Indian journal of veterinary science and animal husbandry - Volume 14,
Year: 1944
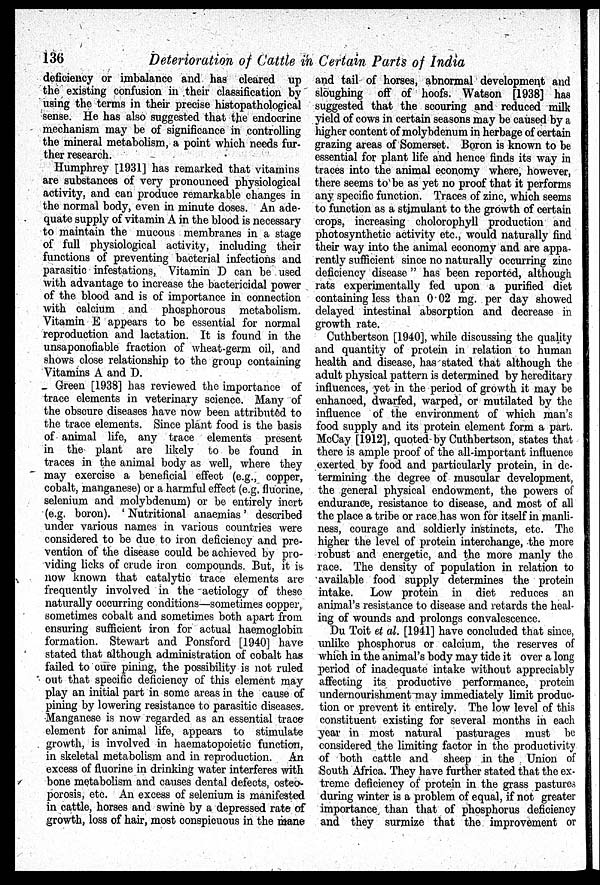
136
Deterioration of Cattle in Certain Parts of India
deficiency or imbalance and has cleared up
the existing confusion in their classification by
using the terms in their precise histopathological
sense. He has also suggested that the endocrine
mechanism may be of significance in controlling
the mineral metabolism, a point which needs fur-
ther research.
Humphrey [1931] has remarked that vitamins
are substances of very pronounced physiological
activity, and can produce remarkable changes in
the normal body, even in minute doses. An ade-
quate supply of vitamin A in the blood is necessary
to maintain the mucous membranes in a stage
of full physiological activity, including their
functions of preventing bacterial infections and
parasitic infestations, Vitamin D can be used
with advantage to increase the bactericidal power
of the blood and is of importance in connection
with calcium and phosphorous metabolism.
Vitamin E appears to be essential for normal
reproduction and lactation. It is found in the
unsaponofiable fraction of wheat-germ oil, and
shows close relationship to the group containing
Vitamins A and D.
Green [1938] has reviewed the importance of
trace elements in veterinary science. Many of
the obscure diseases have now been attributed to
the trace elements. Since plant food is the basis
of animal life, any trace elements present
in the plant are likely to be found in
traces in the animal body as well, where they
may exercise a beneficial effect (e.g., copper,
cobalt, manganese) or a harmful effect (e.g. fluorine,
selenium and molybdenum) or be entirely inert
(e.g. boron). ' Nutritional anaemias ' described
under various names in various countries were
considered to be due to iron deficiency and pre-
vention of the disease could be achieved by pro-
viding licks of crude iron compounds. But, it is-
now known that catalytic trace elements arc
frequently involved in the aetiology of these
naturally occurring conditions—sometimes copper,
sometimes cobalt and sometimes both apart from
ensuring sufficient iron for actual haemoglobin
formation. Stewart and Ponsford [1940] have
stated that although administration of cobalt has
failed to cure pining, the possibility is not ruled
out that specific deficiency of this element may
play an initial part in some areas in the cause of
pining by lowering resistance to parasitic diseases.
Manganese is now regarded as an essential trace
element for animal life, appears to stimulate
growth, is involved in haematopoietic function,
in skeletal metabolism and in reproduction. An
excess of fluorine in drinking water interferes with
bone metabolism and causes dental defects, osteo-
porosis, etc. An excess of selenium is manifested
in cattle, horses and swine by a depressed rate of
growth, loss of hair, most conspicuous in the mane
and tail of horses, abnormal development and
sloughing off of hoofs. Watson [1938] has
suggested that the scouring and reduced milk
yield of cows in certain seasons may be caused by a
higher content of molybdenum in herbage of certain
grazing areas of Somerset. Boron is known to be
essential for plant life and hence finds its way in
traces into the animal economy where, however,
there seems to be as yet no proof that it performs
any specific function. Traces of zinc, which seems
to function as a stimulant to the growth of certain
crops, increasing cholorophyll production and
photosynthetic activity etc., would naturally find
their way into the animal economy and are appa-
rently sufficient since no naturally occurring zinc
deficiency disease " has been reported, although
rats experimentally fed upon a purified diet
containing less than 0.02 mg. per day showed
delayed intestinal absorption and decrease in
growth rate.
Cuthbertson [1940], while discussing the quality
and quantity of protein in relation to human
health and disease, has stated that although the
adult physical pattern is determined by hereditary
influences, yet in the period of growth it may be
enhanced, dwarfed, warped, or mutilated by the
influence of the environment of which man's
food supply and its protein element form a part.
McCay [1912], quoted by Cuthbertson, states that
there is ample proof of the all-important influence
exerted by food and particularly protein, in de-
termining the degree of muscular development,
the general physical endowment, the powers of
endurance, resistance to disease, and most of all
the place a tribe or race has won for itself in manli-
ness, courage and soldierly instincts, etc. The
higher the level of protein interchange, the more
robust and energetic, and the more manly the
race. The density of population in relation to
available food supply determines the protein
intake. Low protein in diet reduces an
animal's resistance to disease and retards the heal-
ing of wounds and prolongs convalescence.
Du Toit et al. [1941] have concluded that since,
unlike phosphorus or calcium, the reserves of
which in the animal's body may tide it over a long
period of inadequate intake without appreciably
affecting its productive performance, protein
undernourishment-may immediately limit produc-
tion or prevent it entirely. The low level of this
constituent existing for several months in each
year in most natural pasturages must be
considered the limiting factor in the productivity
of both cattle and sheep in the Union of
South Africa. They have further stated that the ex-
treme deficiency of protein in the grass pastures
during winter is a problem of equal, if not greater
importance than that of phosphorus deficiency
and they surmize that the improvement or